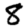
Digit: 8